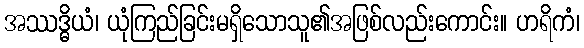
အဿဒ္ဓိယံ၊ ယုံကြည်ခြင်းမရှိသောသူ၏အဖြစ်လည်းကောင်း။ ဟရိကံ၊